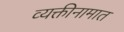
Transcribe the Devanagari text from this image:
व्यक्तीनामात